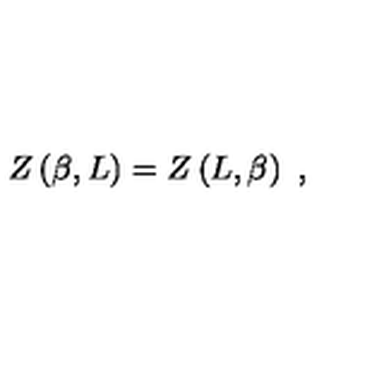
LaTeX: Z \left( \beta , L \right) = Z \left( L , \beta \right) \ ,